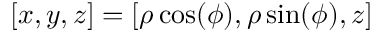
[ x , y , z ] = [ \rho \cos ( \phi ) , \rho \sin ( \phi ) , z ]